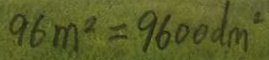
9 6 m ^ { 2 } = 9 6 0 0 d m ^ { 2 }